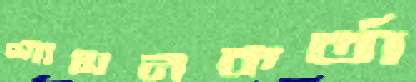
শাসনকর্তা